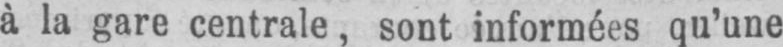
à la gare centrale, sont informées qu’une